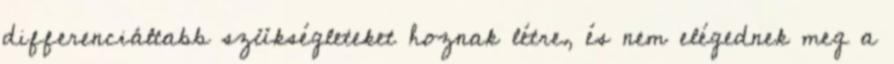
differenciáltabb szükségleteket hoznak létre, és nem elégednek meg a